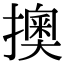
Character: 擙